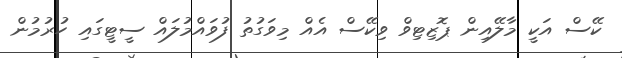
ކޭސް އަކީ މާލޭއިން ޕޮޒިޓިވް ވިކޭސް އެއް މިވަގުތު ފުވައްމުލައް ސީޓީގައި ހުރުމުން